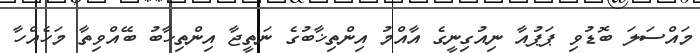
މައްސަލަ ބޮޑުވި ޕަޕުއާ ނިއުގިނީގެ އާއްމު އިންތިޚާބުގެ ނަތީޖާ އިންތިޚާބު ބޭއްވިތާ މަހެއްހާ